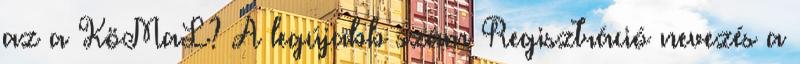
az a KöMaL? A legújabb szám Regisztráció nevezés a